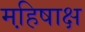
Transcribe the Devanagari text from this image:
महि़षाक्ष